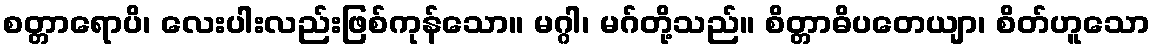
စတ္တာရောပိ၊ လေးပါးလည်းဖြစ်ကုန်သော။ မဂ္ဂါ၊ မဂ်တို့သည်။ စိတ္တာဓိပတေယျာ၊ စိတ်ဟူသော